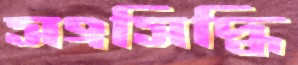
সংসিদ্ধি